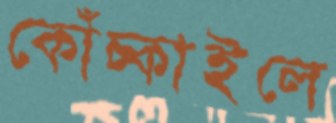
কোঁচ্‌কাইলে